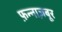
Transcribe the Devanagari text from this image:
फ़न्नाज़बूर